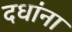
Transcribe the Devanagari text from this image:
दधा॑ना